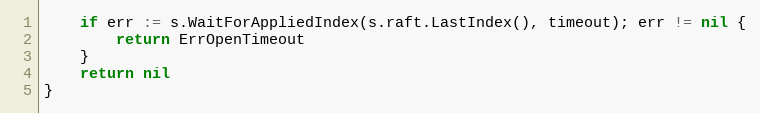
Language: Go
	if err := s.WaitForAppliedIndex(s.raft.LastIndex(), timeout); err != nil {
		return ErrOpenTimeout
	}
	return nil
}